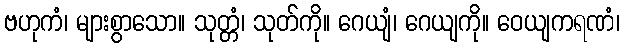
ဗဟုကံ၊ များစွာသော။ သုတ္တံ၊ သုတ်ကို။ ဂေယျံ၊ ဂေယျကို။ ဝေယျကရဏံ၊